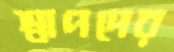
শ্বাপদের